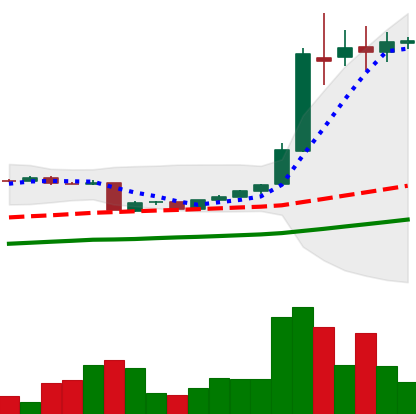
Ticker: BTC-USD
Chart end date: 2016-06-02
Forward return: 7.18%
Label: up_7plus